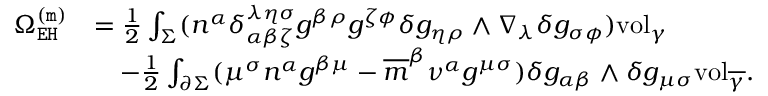
\begin{array} { r l } { \Omega _ { \mathtt { E H } } ^ { \mathtt { ( m ) } } } & { = \frac { 1 } { 2 } \int _ { \Sigma } ( n ^ { \alpha } \delta _ { \alpha \beta \zeta } ^ { \lambda \eta \sigma } g ^ { \beta \rho } g ^ { \zeta \phi } \delta g _ { \eta \rho } \wedge \nabla _ { \lambda } \delta g _ { \sigma \phi } ) \mathrm { v o l } _ { \gamma } } \\ & { \quad - \frac { 1 } { 2 } \int _ { \partial \Sigma } ( \mu ^ { \sigma } n ^ { \alpha } g ^ { \beta \mu } - \overline { { m } } ^ { \beta } \nu ^ { \alpha } g ^ { \mu \sigma } ) \delta g _ { \alpha \beta } \wedge \delta g _ { \mu \sigma } \mathrm { v o l } _ { \overline { { \gamma } } } . } \end{array}